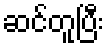
ဆင်တူပြီး